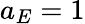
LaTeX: a_{E}=1